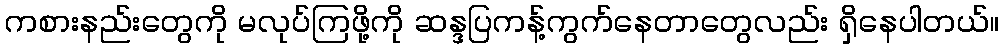
ကစားနည်းတွေကို မလုပ်ကြဖို့ကို ဆန္ဒပြကန့်ကွက်နေတာတွေလည်း ရှိနေပါတယ်။